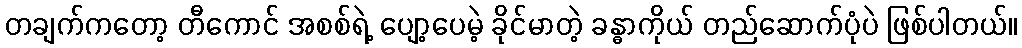
တချက်ကတော့ တီကောင် အစစ်ရဲ့ ပျော့ပေမဲ့ ခိုင်မာတဲ့ ခန္ဓာကိုယ် တည်ဆောက်ပုံပဲ ဖြစ်ပါတယ်။